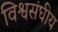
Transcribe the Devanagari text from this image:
विश्वसंघीय